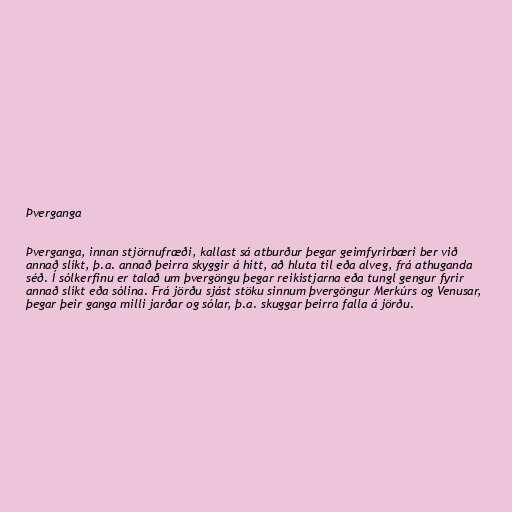
Þverganga

Þverganga, innan stjörnufræði, kallast sá atburður þegar geimfyrirbæri ber við
annað slíkt, þ.a. annað þeirra skyggir á hitt, að hluta til eða alveg, frá athuganda
séð. Í sólkerfinu er talað um þvergöngu þegar reikistjarna eða tungl gengur fyrir
annað slíkt eða sólina. Frá jörðu sjást stöku sinnum þvergöngur Merkúrs og Venusar,
þegar þeir ganga milli jarðar og sólar, þ.a. skuggar þeirra falla á jörðu.